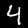
Label: 4